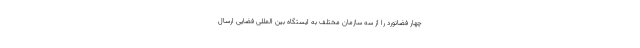
چهار فضانورد را از سه سازمان مختلف به ایستگاه بین المللی فضایی ارسال